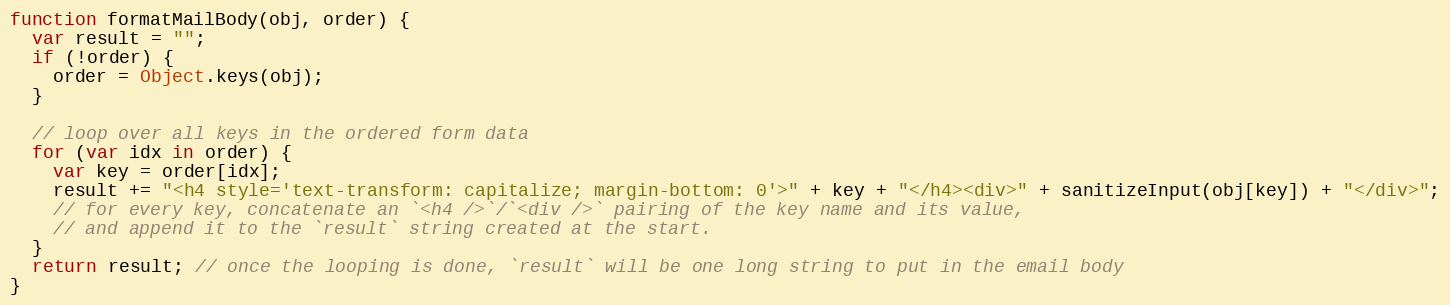
Language: JavaScript
function formatMailBody(obj, order) {
  var result = "";
  if (!order) {
    order = Object.keys(obj);
  }

  // loop over all keys in the ordered form data
  for (var idx in order) {
    var key = order[idx];
    result += "<h4 style='text-transform: capitalize; margin-bottom: 0'>" + key + "</h4><div>" + sanitizeInput(obj[key]) + "</div>";
    // for every key, concatenate an `<h4 />`/`<div />` pairing of the key name and its value,
    // and append it to the `result` string created at the start.
  }
  return result; // once the looping is done, `result` will be one long string to put in the email body
}